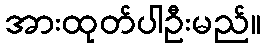
အားထုတ်ပါဦးမည်။